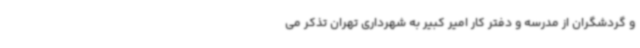
و گردشگران از مدرسه و دفتر کار امیر کبیر به شهرداری تهران تذکر می